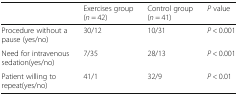
|  | Exercises group (n = 42) | Control group (n = 41) | P value |
 | --- | --- | --- | --- |
 | Procedure without a pause (yes/no) | 30/12 | 10/31 | P < 0.001 |
 | Need for intravenous sedation(yes/no) | 7/35 | 28/13 | P < 0.001 |
 | Patient willing to repeat(yes/no) | 41/1 | 32/9 | P < 0.01 |